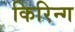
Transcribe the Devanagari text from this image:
किरिन्ग